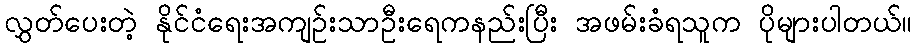
လွှတ်ပေးတဲ့ နိုင်ငံရေးအကျဉ်းသာဦးရေကနည်းပြီး အဖမ်းခံရသူက ပိုများပါတယ်။